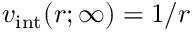
v _ { \mathrm { i n t } } ( r ; \infty ) = 1 / r